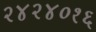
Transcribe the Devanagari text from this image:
२४२४०१६